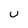
Character: U